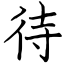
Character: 待